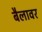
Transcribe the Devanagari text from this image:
बैलावर